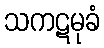
သကဋမုခံ